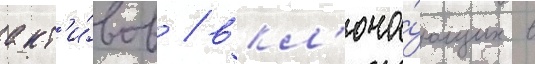
акт'и́вов / вкл'юча́ющих в